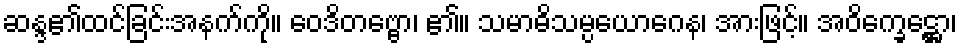
ဆန္ဒ၏ထင်ခြင်းအနက်ကို။ ဝေဒိတဗ္ဗော၊ ၏။ သမာဓိသမ္ပယောဂေန၊ အားဖြင့်။ အဝိက္ခေဋ္ဌော၊